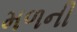
મળની